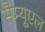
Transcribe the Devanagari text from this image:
सैम्‍यूएल